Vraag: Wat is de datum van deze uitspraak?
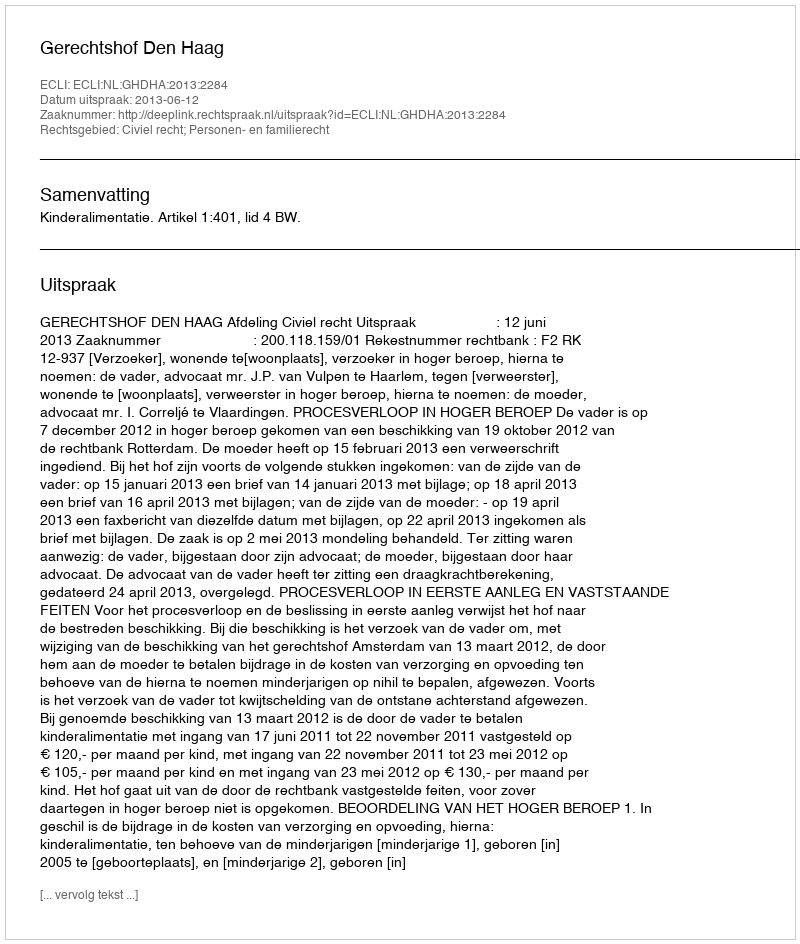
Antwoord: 2013-06-12